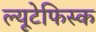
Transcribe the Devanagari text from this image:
ल्यूटेफिस्क